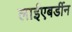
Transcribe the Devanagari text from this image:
लाईएबर्डीन